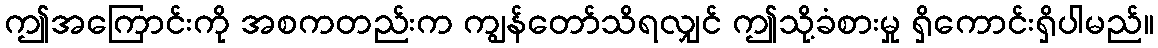
ဤအကြောင်းကို အစကတည်းက ကျွန်တော်သိရလျှင် ဤသို့ခံစားမှု ရှိကောင်းရှိပါမည်။